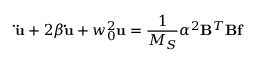
{ \bf \ddot { u } } + 2 \beta { \bf \dot { u } } + w _ { 0 } ^ { 2 } { \bf u } = \frac { 1 } { M _ { S } } \alpha ^ { 2 } { \bf B } ^ { T } { \bf B f }